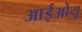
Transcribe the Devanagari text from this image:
आईओयू